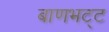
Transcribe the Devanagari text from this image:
बाणभट्‌ट